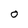
Character: O